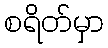
စရိတ်မှာ